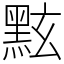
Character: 𪐷